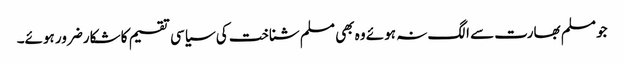
جو مسلم بھارت سے الگ نہ ہوئے وہ بھی مسلم شناخت کی سیاسی تقسیم کا شکارضرور ہوئے۔